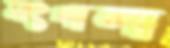
মাংগালা